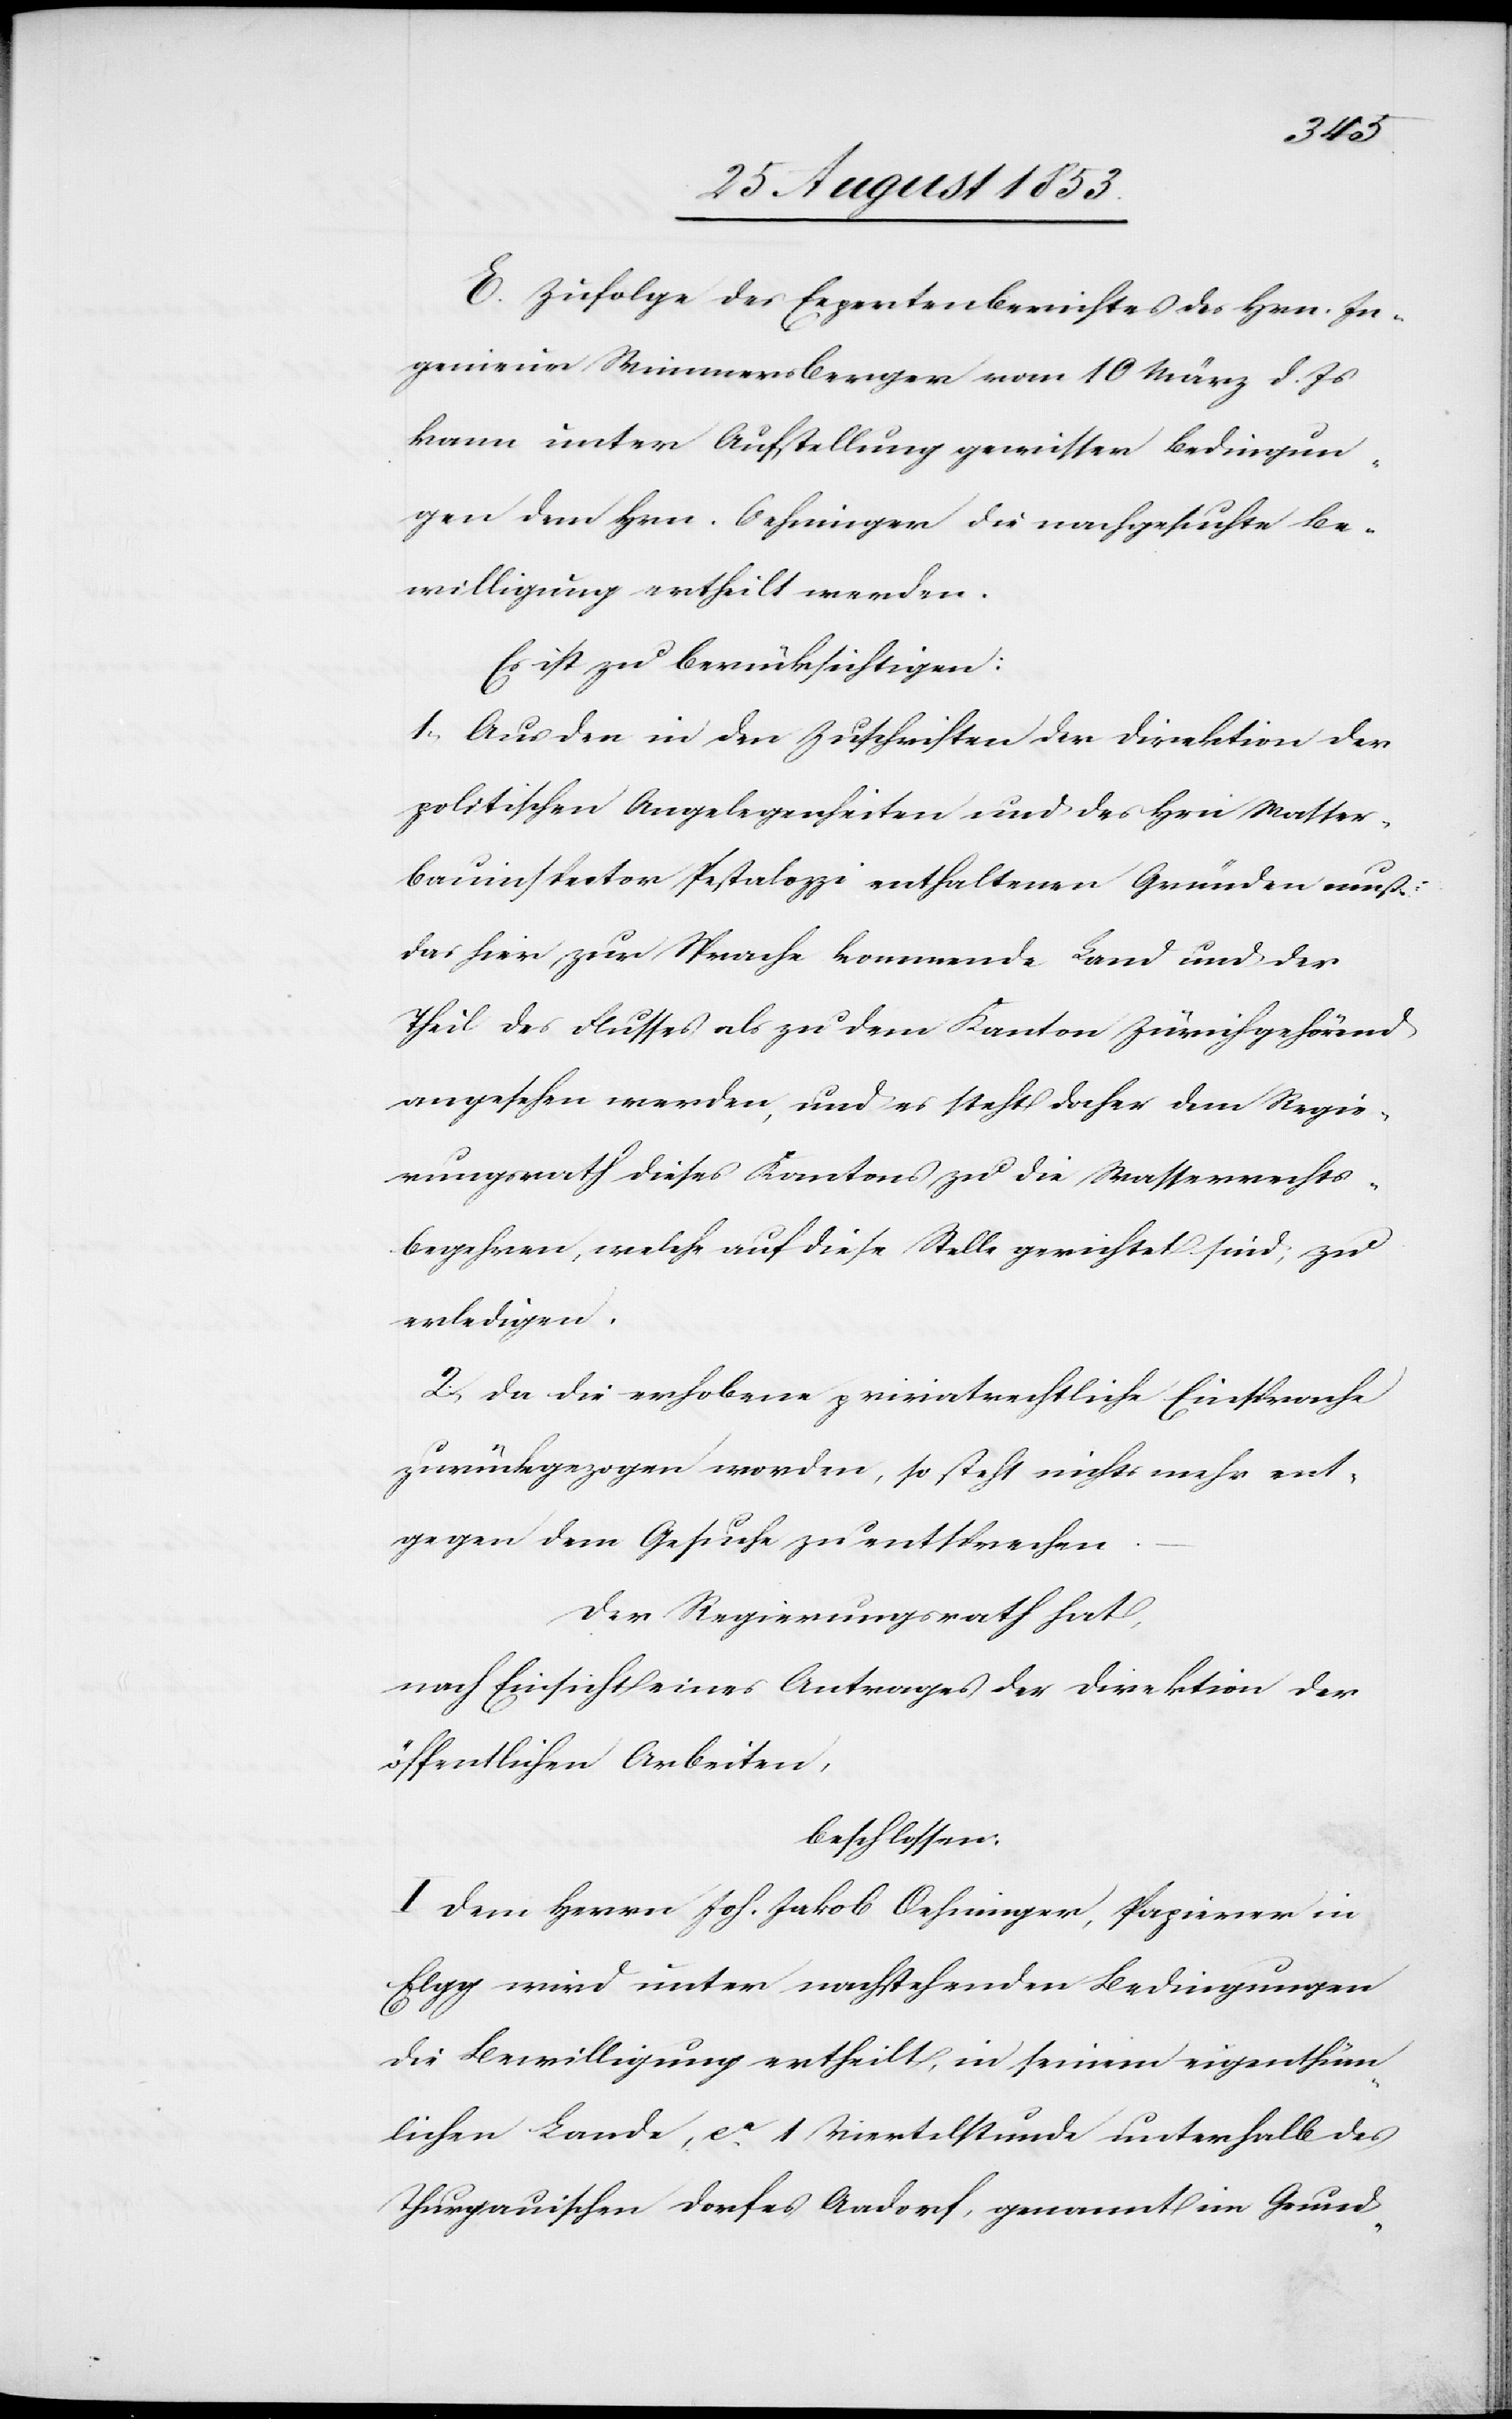
E. Zufolge des Expertenberichtes des Hrn. In¬
genieur Wimmersberger vom 10 März d. Js.
kann unter Aufstellung gewisser Bedingun¬
gen dem Hrn Oehninger die nachgesuchte Be¬
willigung ertheilt werden.
Es ist zu berücksichtigen:
1, Aus den in den Zuschriften der Direktion der
politischen Angelegenheiten und des Hrn Wasser¬
bauinspector Pestalozzi enthaltenen Gründen muß
das hier zur Sprache kommende Land und der
Theil des Flusses als zu dem Kanton Zürich gehörend
angesehen werden, und es steht daher dem Regie¬
rungsrath dieses Kantons zu die Wasserrechts¬
begehren, welche auf diese Stelle gerichtet sind, zu
erledigen.
2, Da die erhobene privatrechtliche Einsprache
zurückgezogen worden, so stehe nichts mehr ent¬
gegen dem Gesuche zu entsprechen.
Der Regierungsrath hat,
nach Einsicht eines Antrages der Direktion der
öffentlichen Arbeiten,
beschlossen:
I. Dem Herrn Joh. Jakob Oehninger, Papirer in
Elgg wird unter nachstehenden Bedingungen
die Bewilligung ertheilt, in seinem eigenthüm¬
lichen Lande, ca 1 Viertelstunde unterhalb des
Thurgauischen Dorfes Aadorf, genannt im Grund-